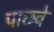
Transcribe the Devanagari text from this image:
पाछवे